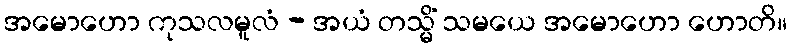
အမောဟော ကုသလမူလံ - အယံ တသ္မိံ သမယေ အမောဟော ဟောတိ။